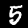
Digit: 5